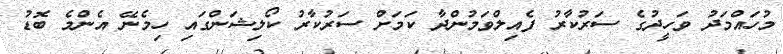
މުހައްމަދު ވަހީދުގެ ސަރުކާރު ފެއިލްވަމުންދާ ކަމަށް ސަރުކާރު ކޯލިޝަންގައި ހިމެނޭ އެންމެ ބޮޑު